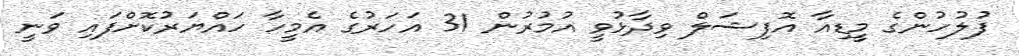
ފުލުހުންގެ މީޑިއާ އޮފިޝަލް ވިދާޅުވީ އުމުރުން 31 އަހަރުގެ އެމީހާ ހައްޔަރުކޮށްފައި ވަނީ